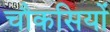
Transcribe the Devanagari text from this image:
चौकसियों